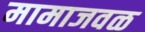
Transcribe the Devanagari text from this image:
मामाजवळ